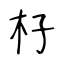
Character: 杍